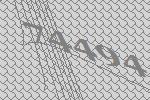
74494